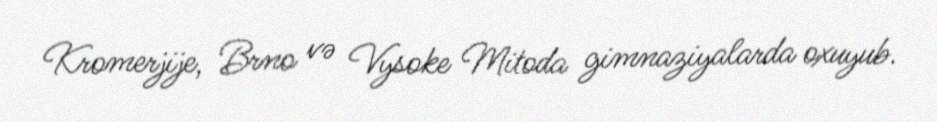
Kromerjije, Brno və Vysoke Mitoda gimnaziyalarda oxuyub.